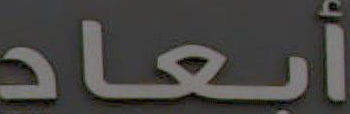
أبعاد